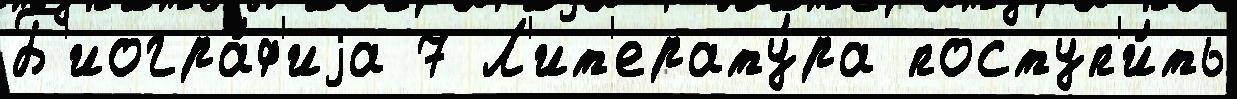
Б'иогра́ф'иjа 7 Л'ит'ерату́ра поступ'и́ть